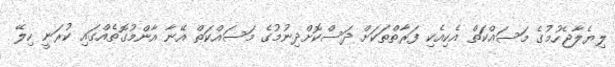
ލިޔެލާޖެހުމުގެ މަސައްކަތް އެކިއެކި ފަރާތްތަކަށް ދަސްކޮށްދިނުމުގެ މަސައްކަތް އޭނާ އާންމުގޮތެއްގައި ކުރަނީ ހިލޭ